65_HS1-834228961_62-HQ-83894_Section_7
Agency: FBI
Page 172
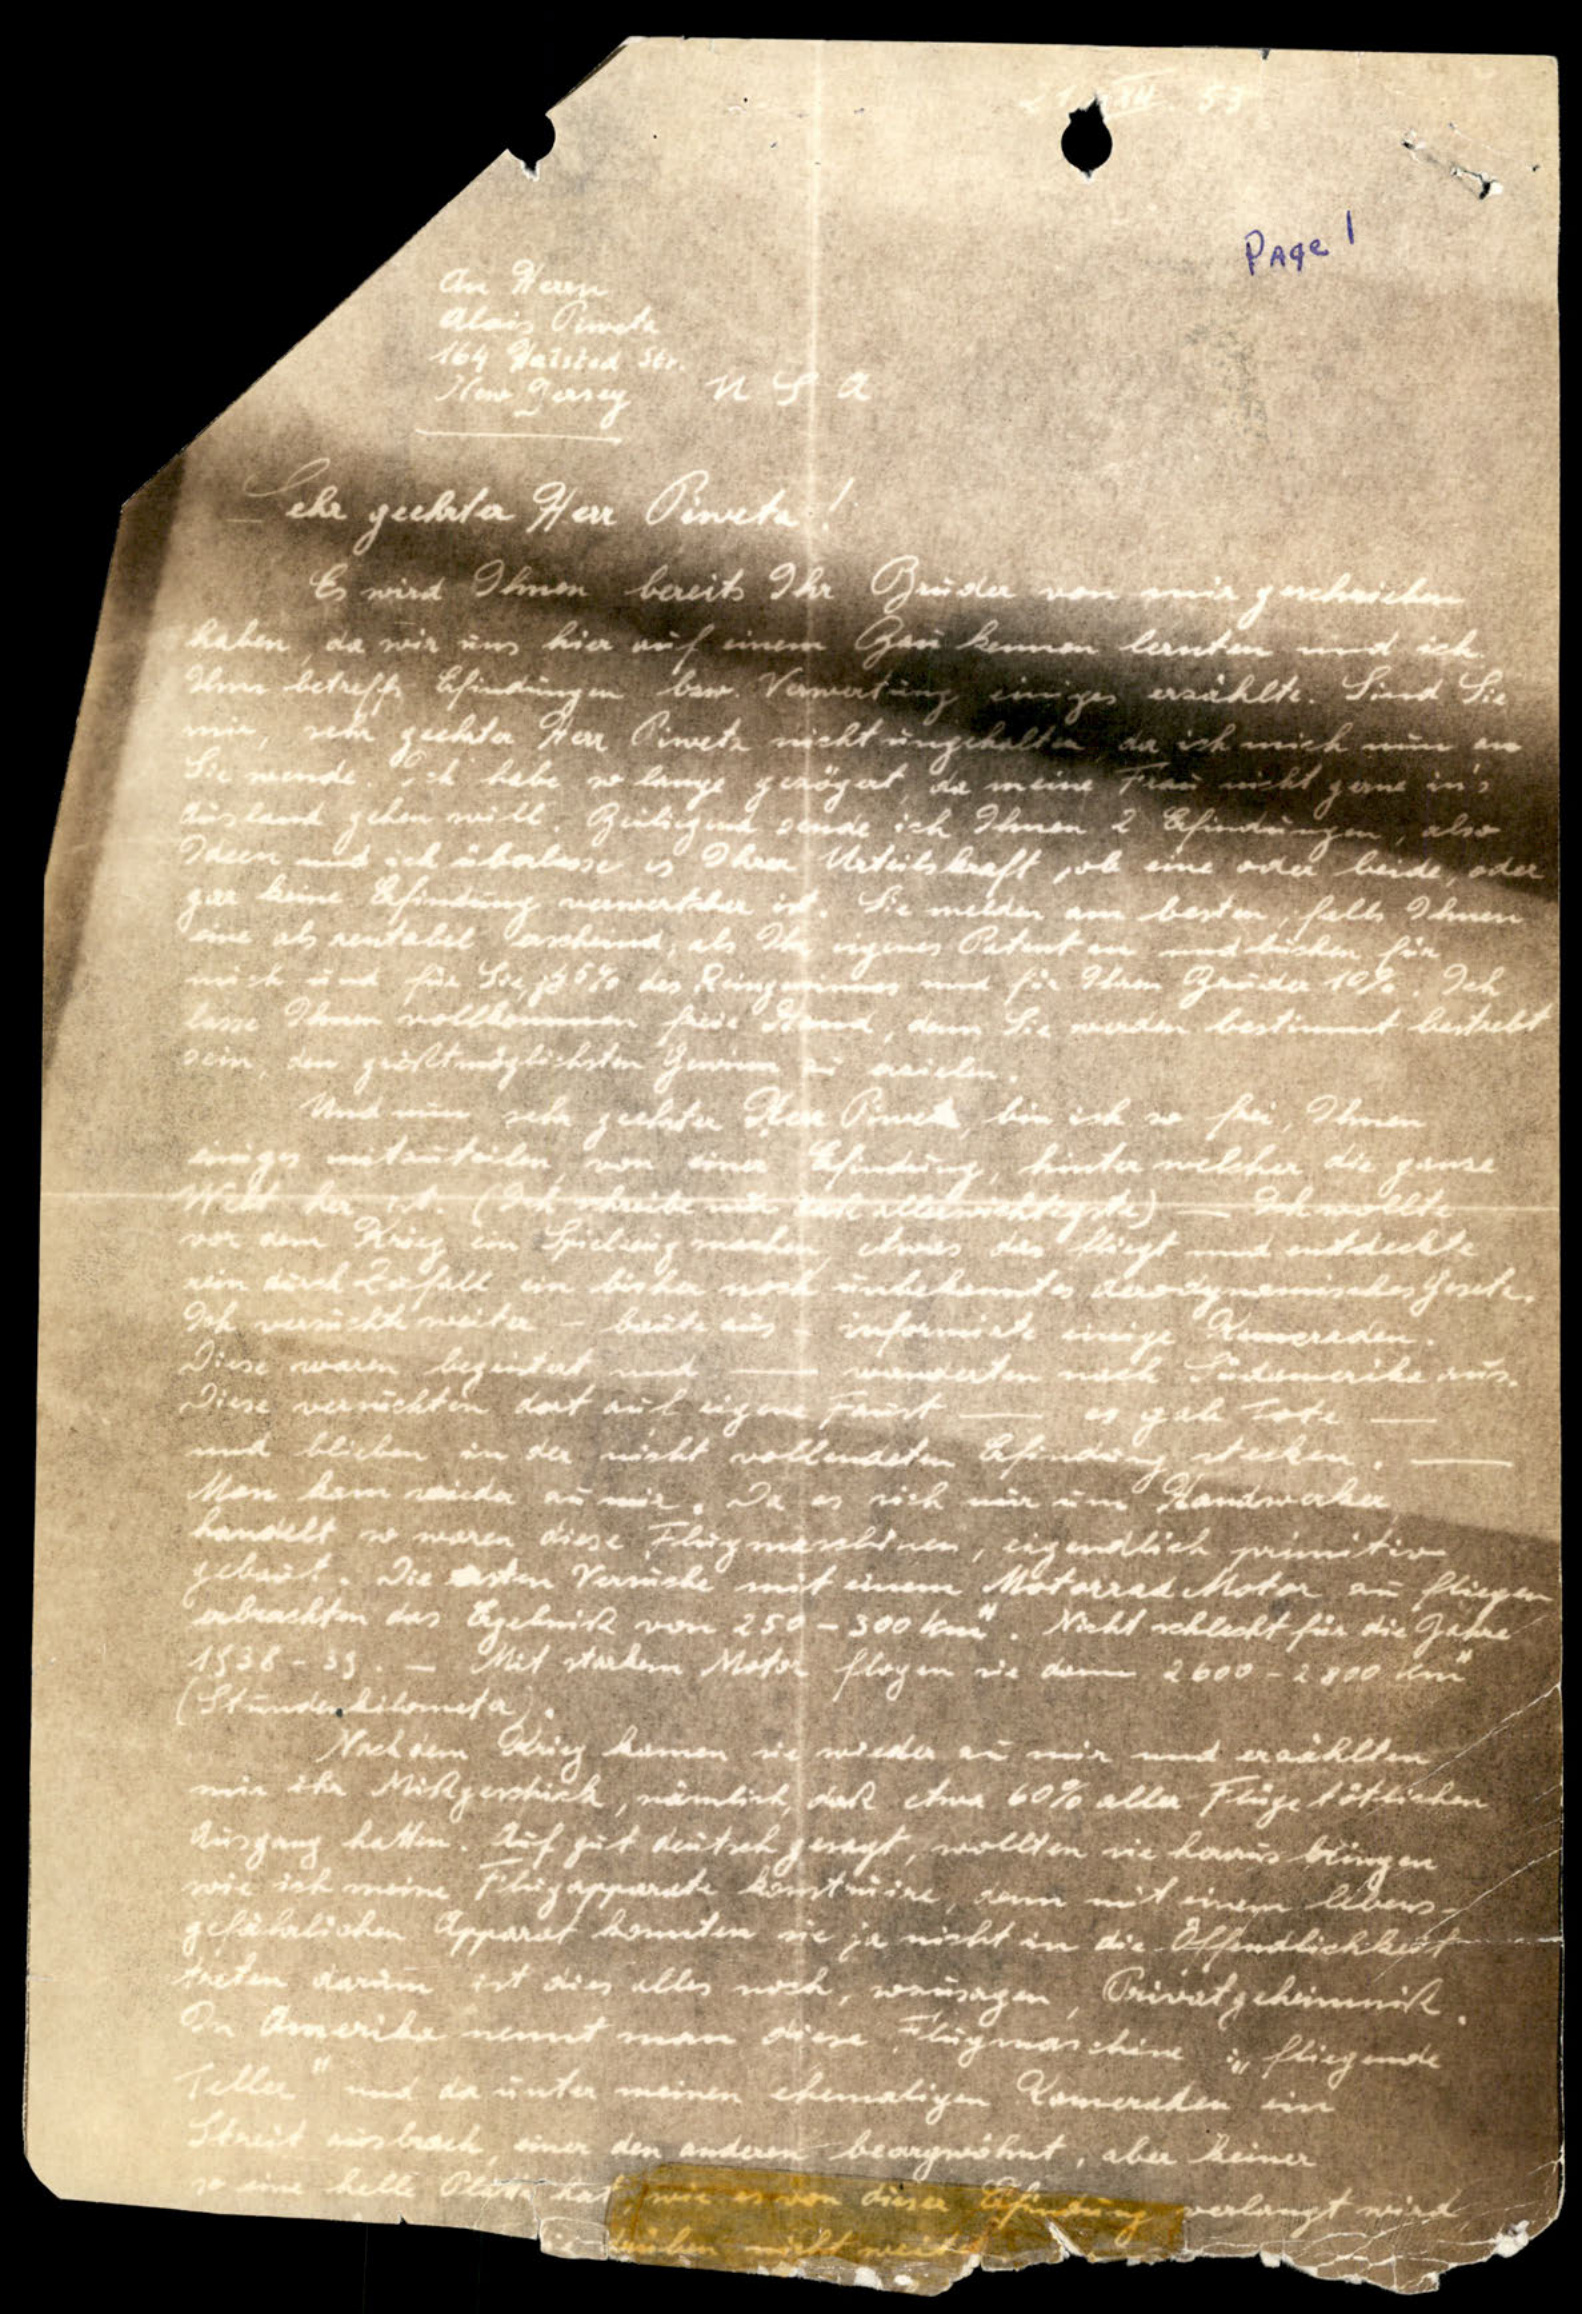